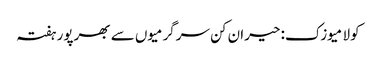
کولا میوزک: حیران کن سرگرمیوں سے بھرپور ہفتہ